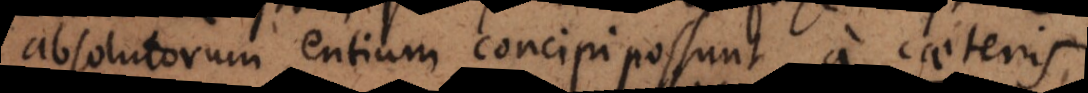
absolutorum entium concipi possunt, a caeteris